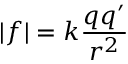
| f | = k \frac { q q ^ { \prime } } { r ^ { 2 } }